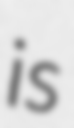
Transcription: is